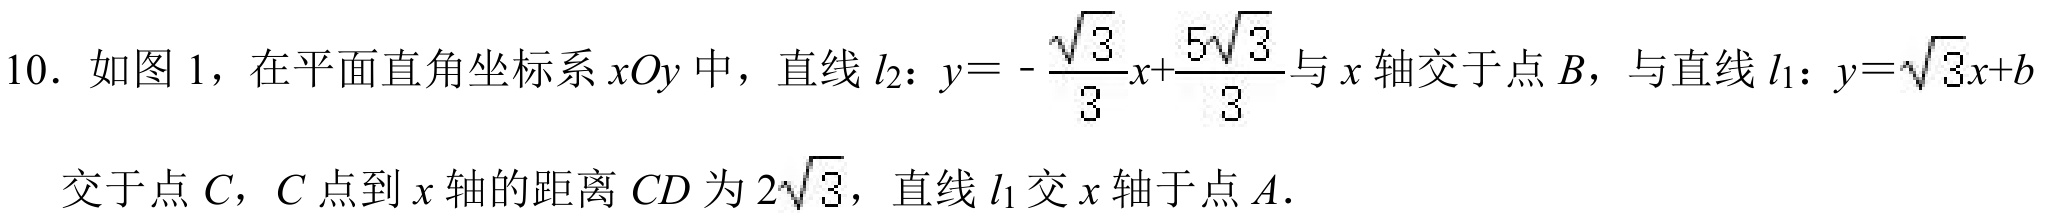
10. 如图1，在平面直角坐标系$xOy$中，直线$l_{2}$：$y = -\dfrac{\sqrt{3}}{3}x+\dfrac{5\sqrt{3}}{3}$与$x$轴交于点$B$，与直线$l_{1}$：$y = \sqrt{3}x + b$
交于点$C$，$C$点到$x$轴的距离$CD$为$2\sqrt{3}$，直线$l_{1}$交$x$轴于点$A$.